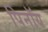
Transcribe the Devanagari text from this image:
पिनॉय